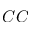
C C